Reports on dispensaries and lunatic asylums in the Province of Oudh - 1869-1876
Year: 1869
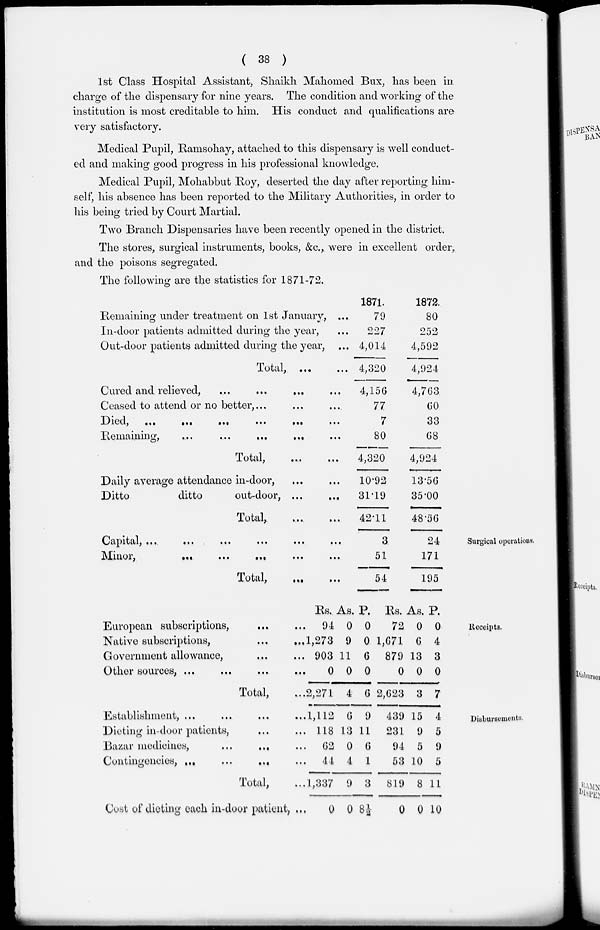
( 38 )
1st Class Hospital Assistant, Shaikh Mahomed Bux, has been in
charge of the dispensary for nine years. The condition and working of the
institution is most creditable to him. His conduct and qualifications are
very satisfactory.
Medical Pupil, Ramsohay, attached to this dispensary is well conduct-
ed and making good progress in his professional knowledge.
Medical Pupil, Mohabbut Roy, deserted the day after reporting him-
self, his absence has been reported to the Military Authorities, in order to
his being tried by Court Martial.
Two Branch Dispensaries have been recently opened in the district.
The stores, surgical instruments, books, &c., were in excellent order,
and the poisons segregated.
The following are the statistics for 1871-72.
Remaining under treatment on 1st January, ...
In-door patients admitted during the year, ...
Out-door patients admitted during the year, ...
Total, ... ...
Cured and relieved,
...
...
... ...
Ceased to attend or no better, ... ... ...
Died,
...
...
...
...
...
...
Remaining,
...
...
...
...
...
Total,
...
...
Daily average attendance in-door, ... ...
Ditto
ditto
out-door, ... ...
Total,
...,.
...
1871.
79
227
4,014
4,320
4,156
77
7
80
4,320
10.92
31.19
42.11
1872.
80
252
4,592
4,924
4,763
60
33
68
4,924
13.56
35.00
48.56
Surgical operations.
Capital, ... ... ... ... ... ...
Minor, ... ... ... ... ...
Total, ... ...
3
51
54
24
171
195
Receipts.
European subscriptions, ... ...
Native subscriptions,
...
...
Government allowance, ... ...
Other sources, ... ... ... ...
Total,
...
Rs.
94
1,273
903
0
2,271
As.
0
9
11
0
4
P.
0
0
6
0
6
Rs.
72
1,671
879
0
2,623
As.
0
6
13
0
3
P.
0
4
3
0
7
Disbursements.
Establishment, ... ... ... ...
Dieting in-door patients, ... ...
Bazar medicines,
... ... ...
Contingencies,
...
... ...
Total, ...
Cost of dieting each in-door patient, ...
1,112
118
02
44
1,337
0
6
13
0
4
9
0
9
11
6
1
3
8½
439
231
94
53
819
0
15
9
5
10
8
0
4
5
9
5
11
10